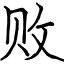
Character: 败